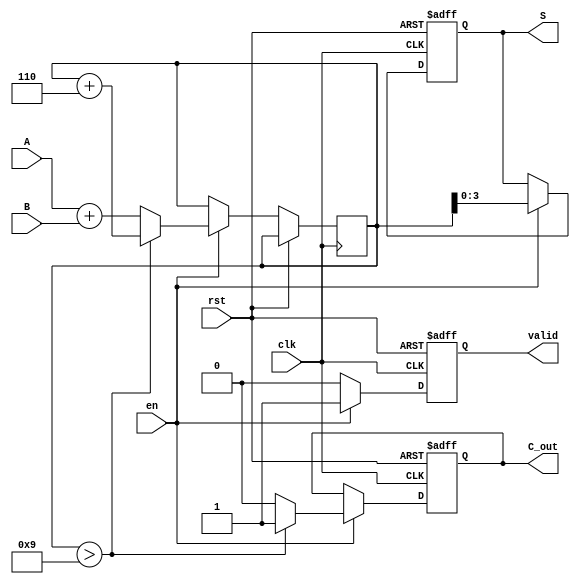
module BCD_Sequential_Adder (
    input wire [3:0] A,      // First BCD input
    input wire [3:0] B,      // Second BCD input
    input wire clk,          // Clock signal
    input wire rst,          // Reset signal
    input wire en,           // Enable signal
    output reg [3:0] S,      // BCD result output
    output reg C_out,        // Carry-out signal
    output reg valid         // Valid output indicator
);

    reg [4:0] sum;           // 5-bit sum to accommodate carry
    reg adding;              // State to indicate adding operation

    // State machine for BCD addition
    always @(posedge clk or posedge rst) begin
        if (rst) begin
            S <= 4'b0000;    // Reset output
            C_out <= 1'b0;   // Reset carry-out
            valid <= 1'b0;   // Reset valid indicator
            adding <= 1'b0;  // Reset adding state
        end else if (en) begin
            sum <= A + B;    // Compute the sum of A and B
            C_out <= 1'b0;   // Default carry-out

            // Check if the sum exceeds 9
            if (sum > 9) begin
                sum <= sum + 5'b00110; // Adjust by adding 6
                C_out <= 1'b1;          // Set carry-out
            end

            S <= sum[3:0];    // Assign the lower 4 bits to the output
            valid <= 1'b1;    // Set valid output
            adding <= 1'b1;   // Indicate we are in the adding state
        end else begin
            valid <= 1'b0;    // If not enabled, output is not valid
        end
    end

endmodule